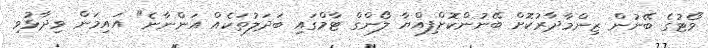
ވޯޓުގެ ބޭނުން ޒިންމާދާރުކޮށް ބޭނުންކޮށްފިއްޔާ ލޯންގް ޓާމްގައި ބަދަލުތަކެއް އަންނާނެ" އައިމަން ވިދާޅުވި